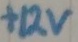
Text: +12v